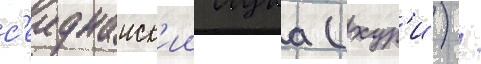
с'еиднаиск'ии лука (хур'и) /